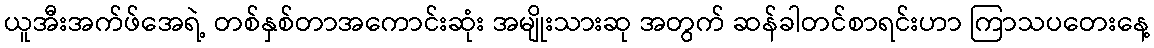
ယူအီးအက်ဖ်အေရဲ့ တစ်နှစ်တာအကောင်းဆုံး အမျိုးသားဆု အတွက် ဆန်ခါတင်စာရင်းဟာ ကြာသပတေးနေ့